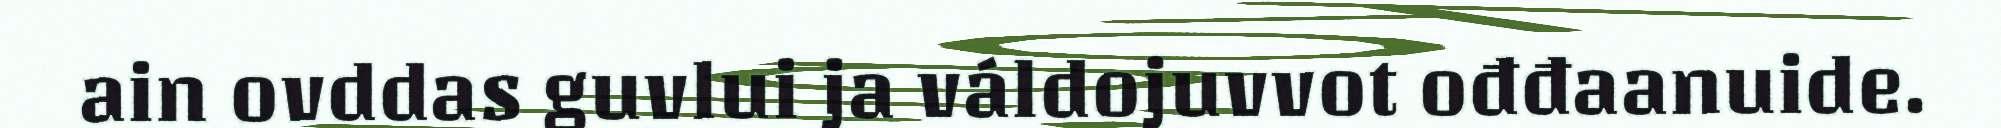
ain ovddas guvlui ja váldojuvvot ođđaanuide.